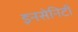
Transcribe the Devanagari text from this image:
इनसेनिटी